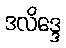
ဒလိဒ္ဒေ